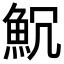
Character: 𩵨